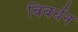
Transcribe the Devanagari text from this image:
बिबर्धन